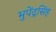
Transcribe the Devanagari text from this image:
भुपेंद्रसिंह